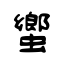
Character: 蠁